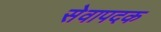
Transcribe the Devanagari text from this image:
सेवापदक